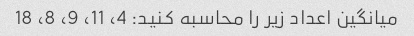
میانگین اعداد زیر را محاسبه کنید: 4، 11، 9، 8، 18